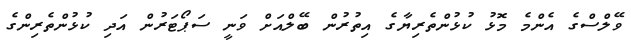
ވޭލްސްގެ އެންމެ މޮޅު ކުޅުންތެރިޔާގެ އިތުރުން ބޭލްއަށް ވަނީ ސަޕޯޓަރުން އަދި ކުޅުންތެރިންގެ